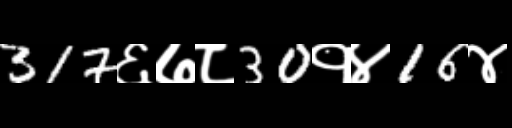
Text: 317६७८30१४16४